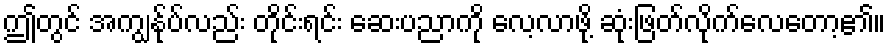
ဤတွင် အကျွန်ုပ်လည်း တိုင်းရင်း ဆေးပညာကို လေ့လာဖို့ ဆုံးဖြတ်လိုက်လေတော့၏။